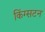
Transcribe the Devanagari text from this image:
किंग्‍सटन